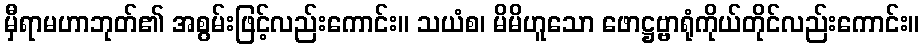
မှီရာမဟာဘုတ်၏ အစွမ်းဖြင့်လည်းကောင်း။ သယံစ၊ မိမိဟူသော ဖောဋ္ဌဗ္ဗာရုံကိုယ်တိုင်လည်းကောင်း။